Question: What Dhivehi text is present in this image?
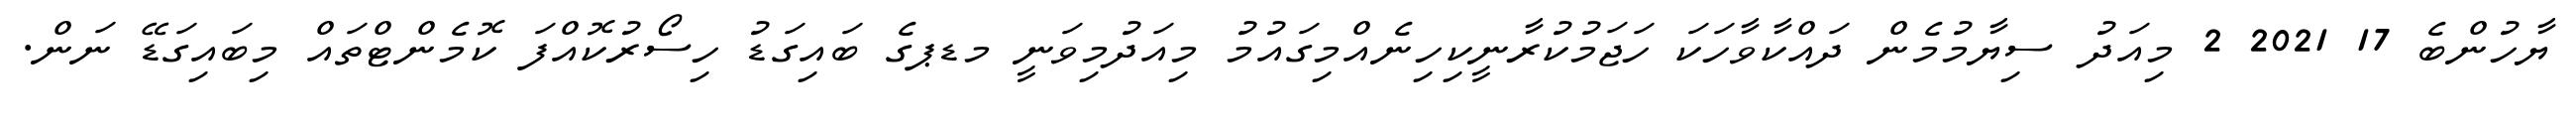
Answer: ޔާހުންބެ 17 2021 2 މިއަދު ސިޔާމުމެން ދައްކާވާހަކަ ހަޖަމުކުރާނީކިހިނެއްމިގައުމު މިއަދުމިވަނީ މޑޕގެ ބައިގަޑު ހިސޯރުކޮއްފަ ކޮމެންޓްތައް މިބައިގަޑޭ ނަން.